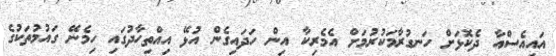
އައިއެސްއާ ދެކޮޅަށް ހަނގުރާމަކުރުމަށް އެމެރިކާ އިން ހަދައިގެން އުޅޭ އިއްތިހާދުގައި ހިމެނޭ ގައުމުތަކުގެ